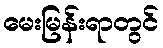
မေးမြန်းရာတွင်